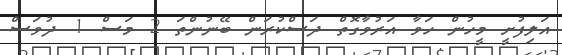
އަލިފުށީ މީހުން ހަވާ އަރުވާގޮތް ދަސްކުރަން ބޭނުންތަ 2 މަސް 1 ދުވަސް